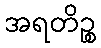
အရတိဉ္စ